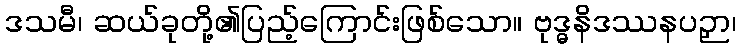
ဒသမီ၊ ဆယ်ခုတို့၏ပြည့်ကြောင်းဖြစ်သော။ ဗုဒ္ဓနိဒဿနပဉှာ၊